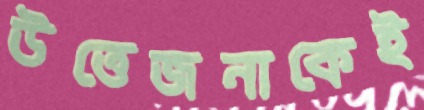
উত্তেজনাকেই